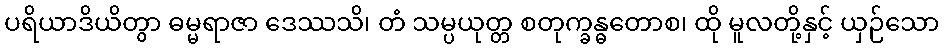
ပရိယာဒိယိတွာ ဓမ္မရာဇာ ဒေဿသိ၊ တံ သမ္ပယုတ္တ စတုက္ခန္ဓတောစ၊ ထို မူလတို့နှင့် ယှဉ်သော